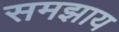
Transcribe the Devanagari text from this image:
समझाय